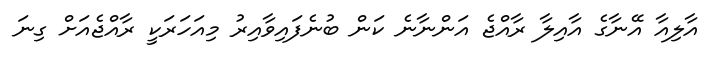
އާލިއާ އޭނާގެ އާއިލާ ރާއްޖެ އަންނާނެ ކަން ބުނެފައިވާއިރު މިއަހަރަކީ ރާއްޖެއަށް ގިނަ